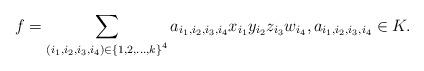
LaTeX: \begin{align*}f =\sum_{(i_1, i_2, i_3, i_4)\in { \{1,2,\ldots,k\}}^4} a_{i_1, i_2, i_3, i_4} x_{i_1} y_{i_2} z_{i_3} w_{i_4}, a_{i_1, i_2, i_3, i_4} \in K.\end{align*}